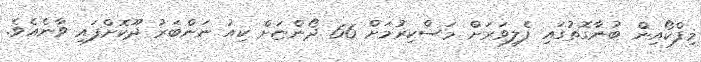
މިފްކޯއިން ބުނާގޮތުގައި ފެލިވަރަށް މަސްކިރުމަށް 66 ދޯންޏަށް ކިއު ނަންބަރު ދޫކޮށްފައި ވާނެއެވެ.